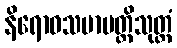
နိရောဓသမာပတ္တိသုတ္တံ